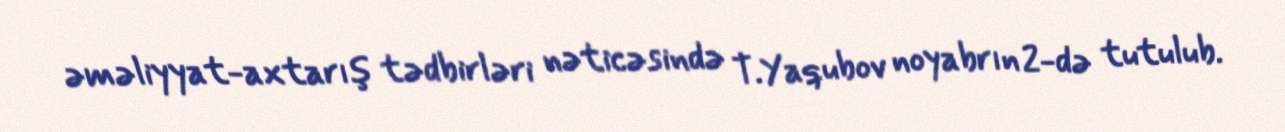
əməliyyat-axtarış tədbirləri nəticəsində T.Yaqubov noyabrın 2-də tutulub.